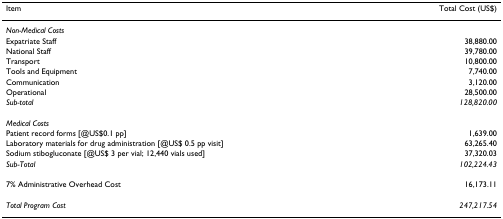
<table><thead><tr><td><b>Item</b></td><td><b>Total Cost (US$)</b></td></tr></thead><tbody><tr><td><i>Non-Medical Costs</i></td><td></td></tr><tr><td>Expatriate Staff</td><td>38,880.00</td></tr><tr><td>National Staff</td><td>39,780.00</td></tr><tr><td>Transport</td><td>10,800.00</td></tr><tr><td>Tools and Equipment</td><td>7,740.00</td></tr><tr><td>Communication</td><td>3,120.00</td></tr><tr><td>Operational</td><td>28,500.00</td></tr><tr><td><i>Sub-total</i></td><td><i>128,820.00</i></td></tr><tr><td><i>Medical Costs</i></td><td></td></tr><tr><td>Patient record forms [@US$0.1 pp]</td><td>1,639.00</td></tr><tr><td>Laboratory materials for drug administration [@US$ 0.5 pp visit]</td><td>63,265.40</td></tr><tr><td>Sodium stibogluconate [@US$ 3 per vial; 12,440 vials used]</td><td>37,320.03</td></tr><tr><td><i>Sub-Total</i></td><td><i>102,224.43</i></td></tr><tr><td>7% Administrative Overhead Cost</td><td>16,173.11</td></tr><tr><td><i>Total Program Cost</i></td><td><i>247,217.54</i></td></tr></tbody></table>